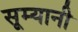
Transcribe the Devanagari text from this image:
सूम्‍यानी